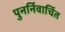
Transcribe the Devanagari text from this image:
पुनर्निवार्चित